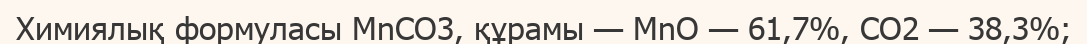
Химиялық формуласы МnСO3, құрамы — MnO — 61,7%, CO2 — 38,3%;